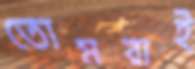
তোমরাই